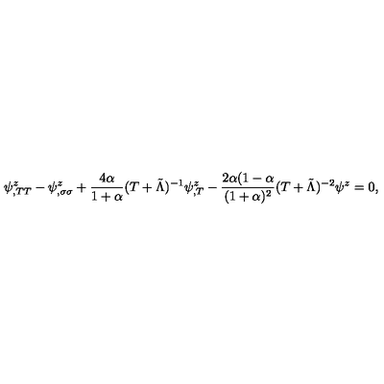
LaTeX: \psi _ { , T T } ^ { z } - \psi _ { , \sigma \sigma } ^ { z } + \frac { 4 \alpha } { 1 + \alpha } ( T + \tilde { \Lambda } ) ^ { - 1 } \psi _ { , T } ^ { z } - \frac { 2 \alpha ( 1 - \alpha } { ( 1 + \alpha ) ^ { 2 } } ( T + \tilde { \Lambda } ) ^ { - 2 } \psi ^ { z } = 0 ,